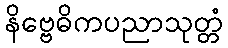
နိဗ္ဗေဓိကပညာသုတ္တံ